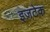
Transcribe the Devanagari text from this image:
इज़टेक